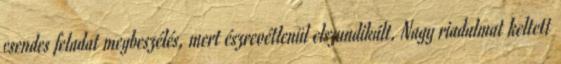
csendes feladat megbeszélés, mert észrevétlenül elszundikált. Nagy riadalmat keltett